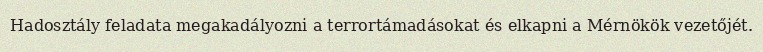
Hadosztály feladata megakadályozni a terrortámadásokat és elkapni a Mérnökök vezetőjét.